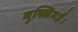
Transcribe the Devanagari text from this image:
मुस्लिमहै।